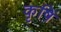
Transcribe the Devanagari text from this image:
कृषिं